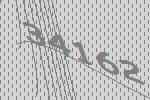
34162